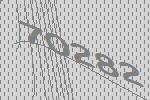
70282